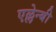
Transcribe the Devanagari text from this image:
एल्लेन्बी